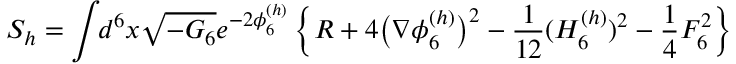
S _ { h } = \int \! \! d ^ { 6 } x \sqrt { - { \cal G } _ { 6 } } e ^ { - 2 \phi _ { 6 } ^ { ( h ) } } \left\{ R + 4 \big ( \nabla \phi _ { 6 } ^ { ( h ) } \big ) ^ { 2 } - { \frac { 1 } { 1 2 } } ( H _ { 6 } ^ { ( h ) } ) ^ { 2 } - { \frac { 1 } { 4 } } { \cal F } _ { 6 } ^ { 2 } \right\}